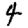
Digit: 4